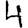
Digit: 4